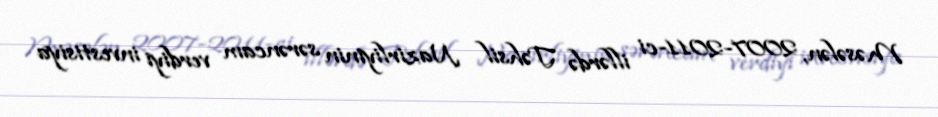
Məsələn, 2007-2011-ci illərdə Təhsil Nazirliyinin sərəncam verdiyi investisiya